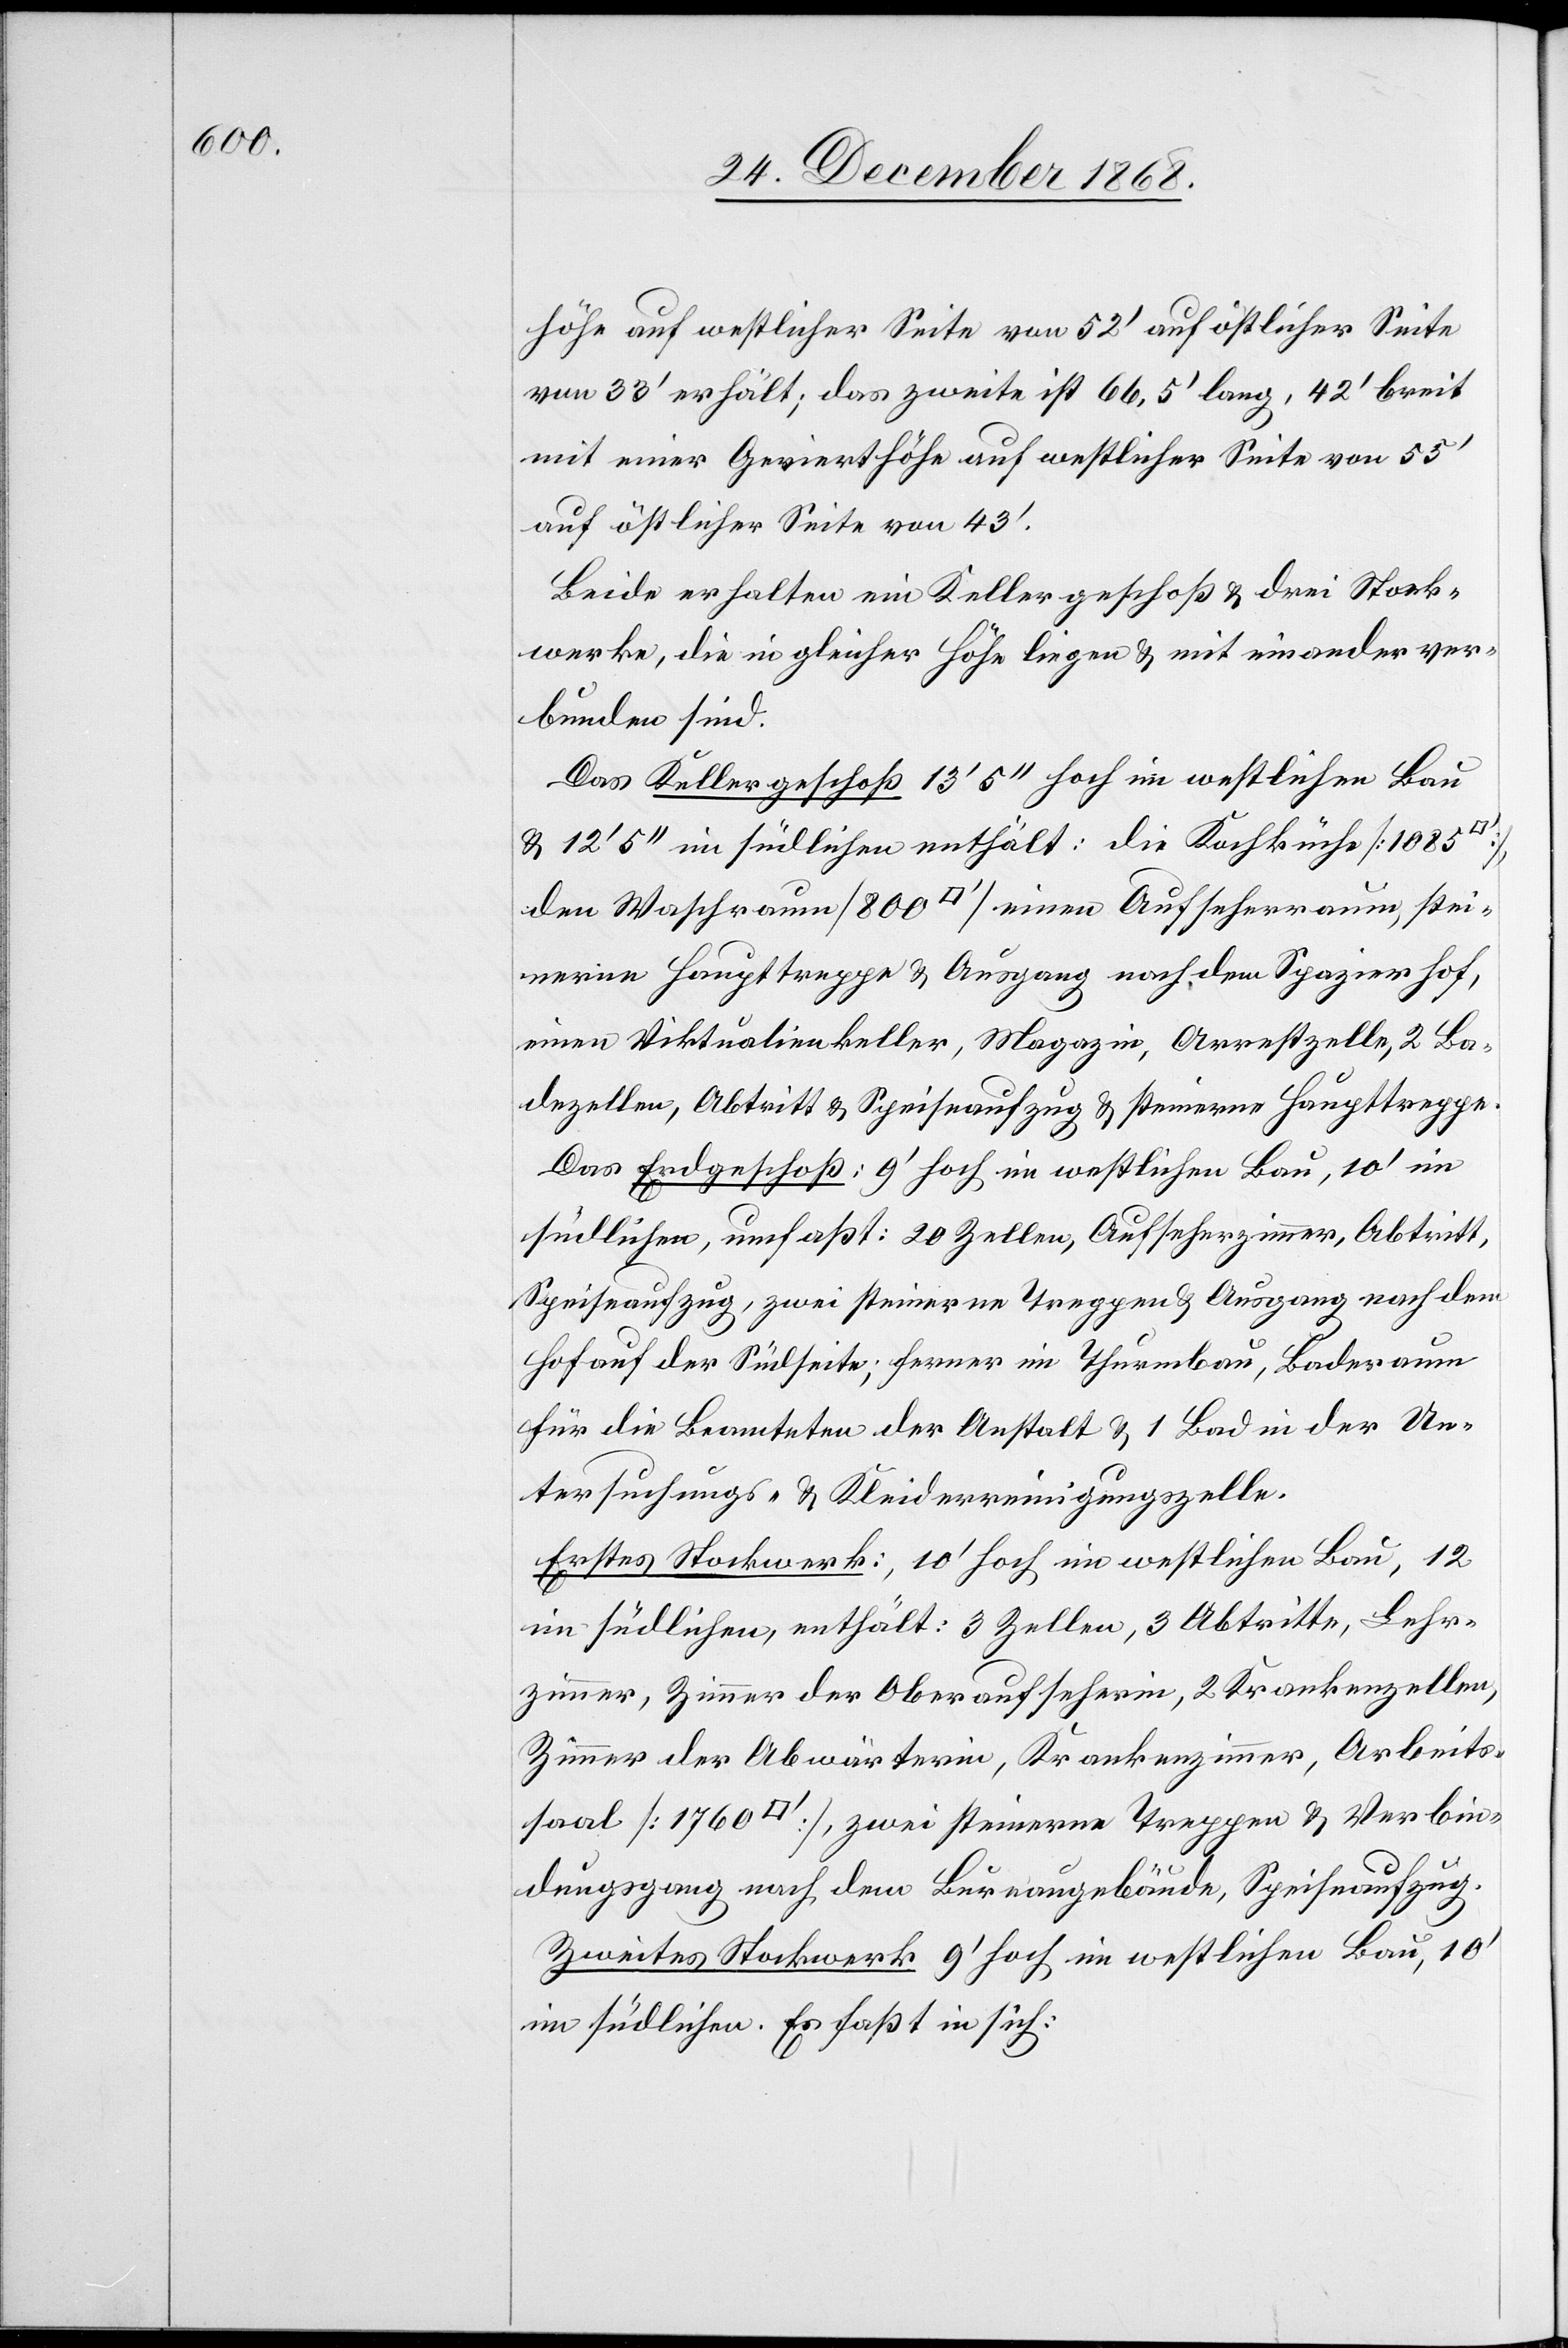
höhe auf westlicher Seite von 52‘ auf östlicher Seite
von 33‘ erhält; das zweite ist 66,5‘ lang, 42‘ breit
mit einer Gevierthöhe auf westlicher Seite von 55‘
auf östlicher Seite von 43‘.
Beide erhalten ein Kellergeschoß & drei Stock¬
werke, die in gleicher Höhe liegen & mit einander ver¬
bunden sind.
Das Kellergeschoß 13‘ 5‘‘ hoch im westlichen Bau
& 12‘ 5‘‘ im südlichen enthält: die Kochküche [1085
den Waschraum [800 [Quadratfuß]] einen Aufseherraum, stei¬
nerne Haupttreppe & Ausgang nach dem Spazierhof,
einen Viktualienkeller, Magazin, Arrestzelle, 2 Ba¬
dezellen, Abtritt & Speiseaufzug & steinerne Haupttreppe.
Das Erdgeschoß: 9‘ hoch im westlichen Bau, 10‘ im
südlichen, umfaßt: 20 Zellen, Aufseherzimmer, Abtritt,
Speiseaufzug, zwei steinerne Treppen & Ausgang nach dem
Hof auf der Südseite; ferner im Thurmbau, Baderaum
für die Beamteten der Anstalt & 1 Bad in der Un¬
tersuchungs- & Kleiderreinigungszelle.
Erstes Stockwerk: 10‘ hoch im westlichen Bau, 12
im südlichen, enthält: 3 Zellen, 3 Abtritte, Lehr¬
zimmer, Zimmer der Oberaufseherin, 2 Krankenzellen,
Zimmer der Abwärterin, Krankenzimmer, Arbeits¬
saal [1760 [Quadratfuß]], zwei steinerne Treppen & Verbin¬
dungsgang nach dem Bureaugebäude, Speiseaufzug.
Zweites Stockwerk 9‘ hoch im westlichen Bau, 10‘
im südlichen. Es faßt in sich: